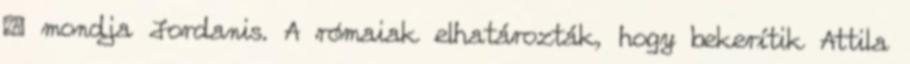
 mondja Jordanis. A rómaiak elhatározták, hogy bekerítik Attila